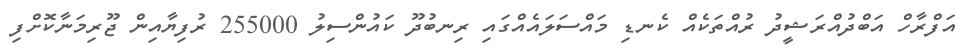
އަފްރާހް އަބްދުއްރަޝީދު ރުއްތަކެއް ކެނޑި މައްސަލައެއްގައި ރިނބުދޫ ކައުންސިލު 255000 ރުފިޔާއިން ޖޫރިމަނާކޮށްފި